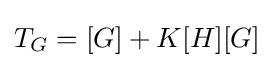
T_{G}=[G]+K[H][G]